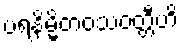
ပရနိမ္မိတဝသဝတ္တီဟိ